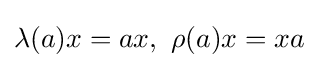
\lambda (a)x=ax,\,\,\rho (a)x=xa